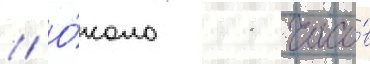
// О́коло 11 часо́в